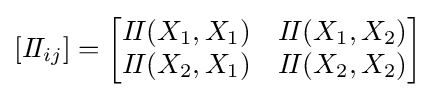
\left[I\!I_{ij}\right]={\begin{bmatrix}I\!I(X_{1},X_{1})&I\!I(X_{1},X_{2})\\I\!I(X_{2},X_{1})&I\!I(X_{2},X_{2})\end{bmatrix}}